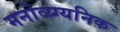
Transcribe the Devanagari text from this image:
मनोव्य्ग्यनिक